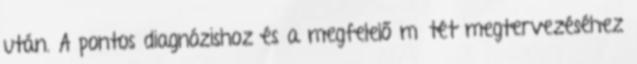
után. A pontos diagnózishoz és a megfelelő műtét megtervezéséhez